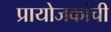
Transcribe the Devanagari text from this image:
प्रायोजकांची